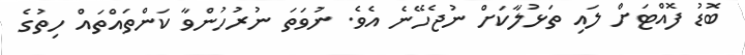
ބޮޑު ފޮއްޓަށް ލައި ތަޅުލާކަށް ނުޖެހޭނެ އެވެ. ނުވަތަ ނުރުހުންވާ ކަންތައްތައް ހިތުގެ